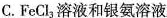
C.FeCl3溶液和银氨溶液